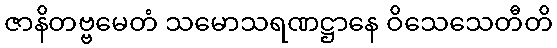
ဇာနိတဗ္ဗမေတံ သမောသရဏဋ္ဌာနေ ဝိသေသေတီတိ